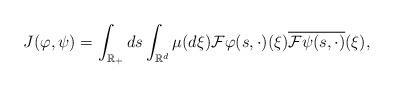
LaTeX: \begin{align*}J(\varphi ,\psi )=\int_{\mathbb{R}_{+}}ds\int_{\mathbb{R}^{d}}\mu (d\xi )\mathcal{F}\varphi (s,\cdot )(\xi )\overline{\mathcal{F}\psi (s,\cdot )}(\xi), \end{align*}